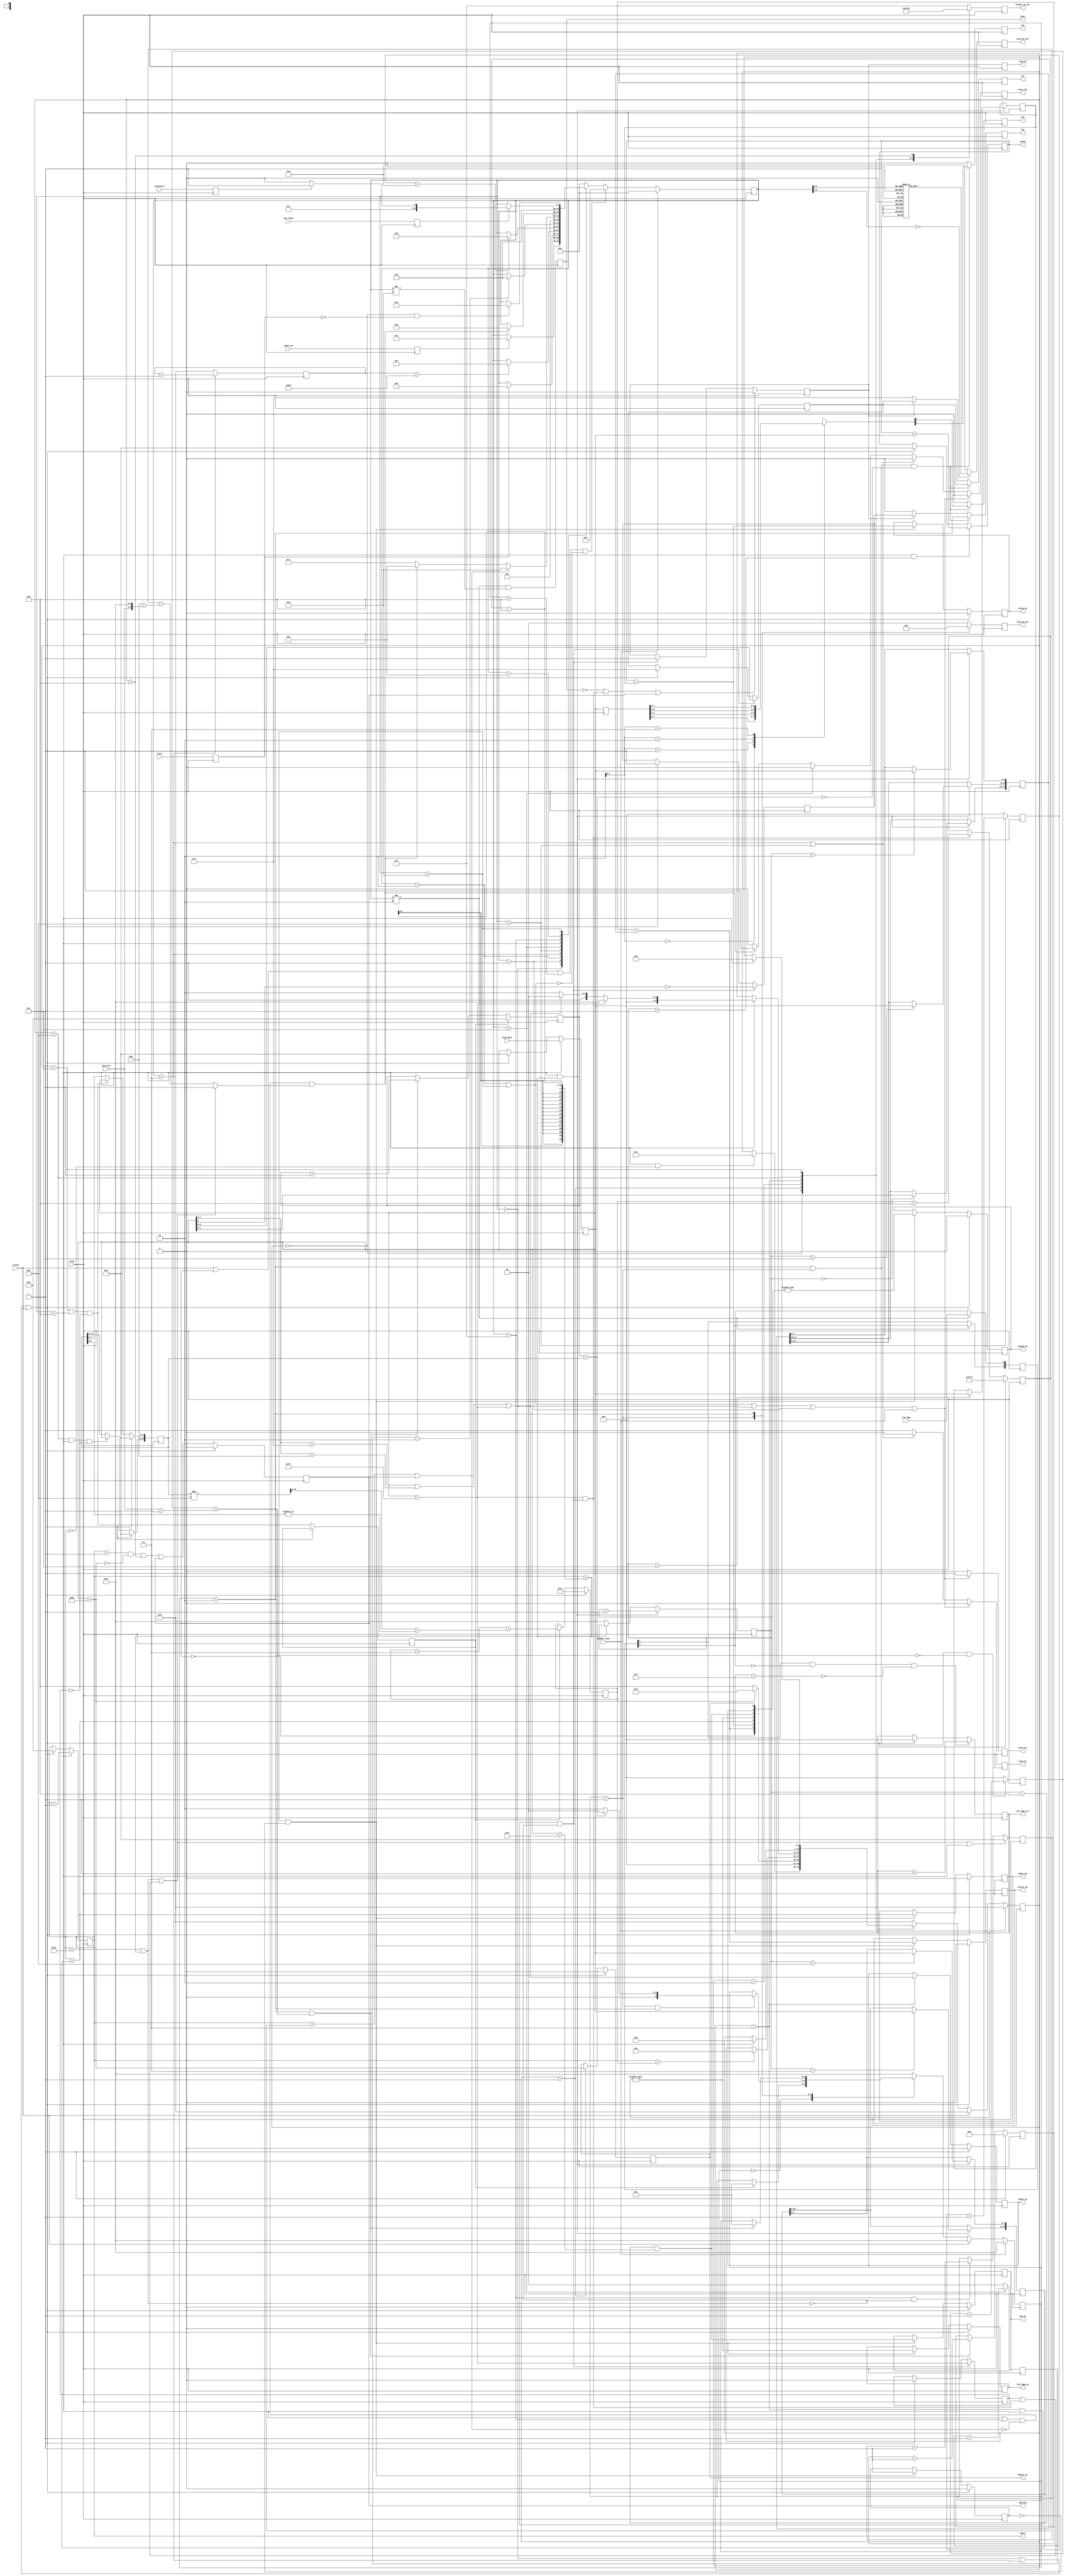
`timescale 1ns / 1ps
//`define DEBUG_JTAGSM_NEW = 1
//-----------------------------------------------------------------------------------------------------------------
//	Reads User PROM and writes to JTAG port
//-----------------------------------------------------------------------------------------------------------------
//	PROM data structure
//	Adr	76543210	Hex	Description
//	0	10111010	BA	Begin ALCT Marker, if "B" missing state machine stops
//	1	1000aaaa	83	ALCT  MSD 3	Type (288,384,672)
//	2	1000aaaa	88	ALCT      8
//	3	1000aaaa	84	ALCT  LSD 4
//	4	1000mmmm	80	Month MSD 0  in "hex-ascii" June 9, 2008
//	5	1000mmmm	86	Month LSD 6
//	6	1000dddd	80	Day   MSD 0
//	7	1000dddd	89	Day   LSD 9
//	8	1000yyyy	82	Year  MSD 2
//	9	1000yyyy	80	Year      0
//	A	1000yyyy	80	Year      0
//	B	1000yyyy	88	Year  LSD 8
//	C	1000vvvv	81	Version number [3:0]
//	D	1000xxxx	80	Future use
//	E	1000xxxx	80	Future use
//	F	10101010	EA	End ALCT Header Marker
//
//	10	1100ssss	Cs	Begin Marker for Chain ssss[3:0]
//	11	tttttttt	ww	TCK count [15:8]
//	12	tttttttt	ww	TCK count [7:0]
//	13	sisisisi	si	JTAG data
//	14	sisisisi	si	JTAG data
//	15	sisisisi	si	JTAG data
//
//	16	1100ssss	Cs	Begin Marker for Chain ssss[3:0]
//	17	tttttttt	ww	TCK count [15:8]
//	18	tttttttt	ww	TCK count [7:0]
//	19	sisisisi	si	JTAG data
//	20	sisisisi	si	JTAG data
//	21	sisisisi	si	JTAG data
//
//	T-1	11111010	FC	End of JTAG data Marker
//	T+0 tttttttt	tt	TCK Count Total [17:16]	Includes tcks sent for all chain blocks
//	T+1	tttttttt	tt	TCK Count Total [15:8]
//	T+2	tttttttt	tt	TCK Count Total [7:0]
//	T+3 wwwwwwww	ww	Word Count [15:8]		Includes Adr0[BA] to last adr[FF]
//	T+4 wwwwwwww	ww	Word Count [7:0]
//	T+5	cccccccc	cc	Check sum  [7:0]		Includes addresses 0 thru T+4, does not include itself or FF
//	T+6	11111111	FF	End of PROM data Marker
//
//	PROM JTAG data [7:0] format
//	[0]	TDI[0]
//	[1]	TMS[0]
//	[2]	TDI[1]
//	[3]	TMS[1]
//	[4]	TDI[2]
//	[5]	TMS[2]
//	[6]	TDI[3]
//	[7]	TMS[3]
//
//	03/13/06 Initial
//	03/14/06 Sim fixes
//	04/05/06 Add header, trailer, status data
//	04/07/06 Add status reset for software operation
//	04/10/06 Add jtag_oe to port list
//	04/12/06 Remove jtag tri-states, add z to calling module, downsize word counter
//	04/13/06 Remove prom access delay, speed inc adr to 20MHz
//	04/14/06 Add jtag throttle
//	04/18/06 Add fpga jtag tck counter
//	07/20/06 Negate busy until vme_ready is asserted
//	09/22/06 Increase machine state vector width so xst recognizes fsm
//	09/28/06 Extend tck_fpga_cnt_done to d15, to span the allocated 4 bits
//	06/06/08 Add debug ifdef
//	06/09/08 Convert to new format
//	06/12/08 PROM byte-reading machine decoupled from format scanner machine
//	06/26/08 Debug done, port to tmb2005x
//	07/01/08 Add end_ok and abort to port list, add tck loopback for debug
//	07/03/08 Mod to hold tck high and end of chain unless D-code overrides
//	07/04/08 Rewrite to make prom machine master
//	07/06/08 Put tck check back in, begin new format machine
//	07/07/08 Add tck high option on c-block code, hold jtag between chain blocks
//	07/07/08 Mod state machine resets
//	07/08/08 Mod status clearing
//	01/12/09 Mod for ISE 10.1i
//	08/24/10 Port to ise 12, non blocking operators, replace sim prom tristate logic
//-----------------------------------------------------------------------------------------------------------------
	module jtagsm_new
	(
// Control
	clock,
	global_reset,
	power_up,
	vme_ready,
	start,
	autostart,
	throttle,

// PROM
	prom_data,
	prom_clk,
	prom_oe,
	prom_nce,
	
// JTAG
	jtag_oe,
	tdi,
	tms,
	tck,
	sel,

// Status
	sreset,
	tck_fpga,
	busy,
	aborted,
	header_ok,
	chain_ok,
	tckcnt_ok,
	cksum_ok,
	wdcnt_ok,
	tck_fpga_ok,
	end_ok,
	jtagsm_ok,
	wdcnt,
	cksum,
	tck_fpga_cnt,
	prom_sm_vec,
	format_sm_vec,
	jtag_sm_vec

// Debug
`ifdef DEBUG_JTAGSM_NEW 
   ,prom_sm_dsp,
	format_sm_dsp,
	jtag_sm_dsp,

	init_done,
	init_cnt_en,
	init_cnt,

	reset_done,
	reset_cnt_en,
	reset_cnt,

	taccess,
	taccess_done,

	clear_adr,
	next_adr,
	idle_prom,
	prom_case,

	prom_ready,
	last_word,
	next_chain_word,
	next_chain_latch,
	last_word_latch,

	latch_prom_data,
	hold_prom_adr,
	prom_data_ff,

	reset_prom,
	prom_end,
	chain_end,
	chain_ending,
	chain_exit,
	next_adr_en,
	goto_idle,

	header_frame,
	trailer_frame,
	inc_adr_slow,

	fetch_cnt,
	fetch_max,
	fetch_cnt_clr,
	fetch_cnt_en,
	fetch_done,

	trailer_cnt,
	load_trailer_cnt,
	trailer_clear,

	tckcnt_prom,
	wdcnt_prom,
	cksum_prom,

	header_marker,
	chain_marker,
	end_marker,
	all_ok,

	latch_status,
	clear_status,
	cksum_cnt_en,

	throttle_cnt,
	throttle_max,
	throttle_cnt_en,
	throttle_done,

	jtag_write,
	chain_sel,
	chain_latch,
	hold_tck_high,

	tckcnt0_latch,
	tckcnt1_latch,
	tck_cnt,

	tck_sent_cnt,
	tck_total_cnt,

	tck_low_done,
	tck_high_done,
	tck_cnt_done,

	tck_scan,
	tdi_scan,
	tms_scan,
	jtag_data,
	tck_scan_valid,

// PROM emulator
	adr,
	inc_adr_rom,
	adr_reset
`endif
	);
//-----------------------------------------------------------------------------------------------------------------
// IO Ports
//-----------------------------------------------------------------------------------------------------------------
// Control
	input			clock;				// 40 MHz clock
	input			global_reset;		// Global reset
	input			power_up;			// DLL clock lock, we wait for it
	input			vme_ready;			// TMB VME registers loaded from PROM
	input			start;				// Cycle start command
	input			autostart;			// Enable automatic power-up
	input	[3:0]	throttle;			// JTAG speed control, 0=fastest

// PROM
	`ifndef DEBUG_JTAGSM_NEW 
	input	[7:0]	prom_data;			// Data input from PROM
	`else
	inout	[7:0]	prom_data;			// Data input from simulator ROM
	`endif
	output			prom_clk;			// prom_ctrl[0]
	output			prom_oe;			// prom_ctrl[1]
	output			prom_nce;			// prom_ctrl[2]

// JTAG
	output			jtag_oe;			// Enable jtag drivers else tri-state
	output			tdi;				// jtag_usr[1]
	output			tms;				// jtag_usr[2]
	output			tck;				// jtag_usr[3]
	output	[3:0]	sel;				// sel_usr[3:0]

// Status
	input			sreset;				// Status signal reset
	input			tck_fpga;			// TCK from FPGA JTAG chain 
	output			busy;				// State machine busy
	output			aborted;			// State machine aborted reading PROM
	output			header_ok;			// Header marker found where expected
	output			chain_ok;			// Chain  marker found where expected
	output			tckcnt_ok;			// State machine sent correct number of TCKs to jtag
	output			cksum_ok;			// Check-sum  matches PROM contents
	output			wdcnt_ok;			// Word count matches PROM contents
	output			tck_fpga_ok;		// FPGA jtag tck detected
	output			end_ok;				// End marker detected
	output			jtagsm_ok;			// JTAG state machine completed without errors
	output	[15:0]	wdcnt;				// Word count
	output	[7:0]	cksum;				// Check sum
	output	[3:0]	tck_fpga_cnt;		// FPGA jtag tck counter
	output	[3:0]	prom_sm_vec;		// PROM control State Machine status vector
	output	[2:0]	format_sm_vec;		// Data format  State Machine status vector
	output	[1:0]	jtag_sm_vec;		// JTAG signal  State Machine status vector

//-----------------------------------------------------------------------------------------------------------------
// Debug Ports
//-----------------------------------------------------------------------------------------------------------------
`ifdef DEBUG_JTAGSM_NEW 
	output	[71:0]	prom_sm_dsp;
	output	[95:0]	format_sm_dsp;
	output	[87:0]	jtag_sm_dsp;

	output			init_done;
	output			init_cnt_en;
	output	[6:0]	init_cnt;

	output			reset_done;
	output			reset_cnt_en;
	output	[3:0]	reset_cnt;

	output			taccess;
	output			taccess_done;

	output			clear_adr;
	output			next_adr;
	output			idle_prom;
	output	[2:0]	prom_case;

	output			prom_ready;
	output	[15:0]	last_word;
	output	[15:0]	next_chain_word;
	output			next_chain_latch;
	output			last_word_latch;

	output			latch_prom_data;
	output			hold_prom_adr;
	output	[7:0]	prom_data_ff;

	output			reset_prom;
	output			prom_end;
	output			chain_end;
	output			chain_ending;
	output			chain_exit;
	output			next_adr_en;
	output			goto_idle;

	output			header_frame;
	output			trailer_frame;
	output			inc_adr_slow;

	output	[7:0]	fetch_cnt;
	output	[7:0]	fetch_max;
	output			fetch_cnt_clr;
	output			fetch_cnt_en;
	output			fetch_done;

	output	[2:0]	trailer_cnt;
	output			load_trailer_cnt;
	output			trailer_clear;

	output	[17:0]	tckcnt_prom;
	output	[15:0]	wdcnt_prom;
	output	[7:0]	cksum_prom;

	output			header_marker;
	output			chain_marker;
	output			end_marker;
	output	[7:0]	all_ok;

	output			latch_status;
	output			clear_status;
	output			cksum_cnt_en;

	output	[3:0]	throttle_cnt;
	output	[3:0]	throttle_max;
	output			throttle_cnt_en;
	output			throttle_done;

	output			jtag_write;
	output	[3:0]	chain_sel;
	output			chain_latch;
	output			hold_tck_high;

	output			tckcnt0_latch;
	output			tckcnt1_latch;
	output	[15:0]	tck_cnt;

	output	[15:0]	tck_sent_cnt;
	output	[17:0]	tck_total_cnt;

	output			tck_low_done;
	output			tck_high_done;
	output			tck_cnt_done;

	output			tck_scan;
	output			tdi_scan;
	output			tms_scan;
	output	[7:0]	jtag_data;
	output			tck_scan_valid;

// PROM emulator
	output	[5:0]	adr;
	output			inc_adr_rom;
	output			adr_reset;
`endif
//-----------------------------------------------------------------------------------------------------------------
// Local
//-----------------------------------------------------------------------------------------------------------------
// State Machine declarations
	reg	[9:0] prom_sm;

	parameter wait_dll		=	4'h0;
	parameter wait_vme		=	4'h1;
	parameter idle			=	4'h2;
	parameter init			=	4'h3;
	parameter reset_adr		=	4'h4;
	parameter prom_taccess	=	4'h5;
	parameter latch_prom	=	4'h6;
	parameter hold_adr		=	4'h7;
	parameter inc_adr		=	4'h8;
	parameter unstart		=	4'h9;

	// synthesis attribute safe_implementation of prom_sm is "yes";
	// synthesis attribute init                of prom_sm is "wait_dll";

	reg	[6:0] format_sm;

	parameter wait_prom		=	3'h0;
	parameter check_header	=	3'h1;
	parameter wait_chain	=	3'h2;
	parameter load_chain	=	3'h3;
	parameter load_tckcnt0	=	3'h4;
	parameter load_tckcnt1	=	3'h5;
	parameter abend			=	3'h6;

	// synthesis attribute safe_implementation of format_sm is "yes";
	// synthesis attribute init                of format_sm is "wait_prom";

	reg	[2:0] jtag_sm;

	parameter wait_format	=	2'h0;
	parameter tck_low		=	2'h1;
	parameter tck_high		=	2'h2;

	// synthesis attribute safe_implementation of jtag_sm is "yes";
	// synthesis attribute init                of jtag_sm is "wait_format";

//--------------------------------------------------------------------------------------------
// Power up
//--------------------------------------------------------------------------------------------
// FF buffer state machine trigger inputs
	reg	power_up_ff = 0;
	reg vme_ready_ff= 0;
	reg	start_ff	= 0;
	reg	autostart_ff= 0;

	always @(posedge clock) begin
	power_up_ff  <= power_up;
	vme_ready_ff <= vme_ready;
	start_ff     <= start;
	autostart_ff <= autostart;
	end

// Signal busy if not idling or waiting for unstart
	reg busy = 1;

	wire busy_en = (prom_sm != idle) && (prom_sm != unstart);

	always @(posedge clock) begin
	busy <= busy_en;
	end
//--------------------------------------------------------------------------------------------
// Control signals to the active PROM
//--------------------------------------------------------------------------------------------
	reg	 prom_clk	= 0;
	reg  prom_oe	= 0;
	reg	 prom_nce	= 1;

	wire reset_prom;
	wire prom_end;
	wire next_adr_en;

	wire clear_adr	=  (prom_sm == init) || (prom_sm == reset_adr);
	wire next_adr	= ((prom_sm == latch_prom) || (prom_sm == hold_adr)) && !prom_end  && next_adr_en;
	wire idle_prom	=  (prom_sm == idle) || (prom_sm == unstart) || (prom_sm == wait_dll) || (prom_sm == wait_vme) || global_reset;
	wire taccess	=  (prom_sm == prom_taccess);

	always @(posedge clock) begin
	if (idle_prom) begin						// PROM case 1: powered down
	prom_clk <= 0;	// 0=take clk low for idling
	prom_oe	 <= 0;	// 0=reset address, outputs disabled
	prom_nce <= 1;	// 1=chip not selected
	end
	else if (clear_adr) begin					// PROM case 2: enabled, clearing address
	prom_clk <= 0;	// 0=take clock low, it was prolly idle high
	prom_oe	 <= 0;	// 0=reset address, outputs disabled
	prom_nce <= 0;	// 0=chip selected
	end
	else if (taccess) begin						// PROM case 3: enabled, read adr 0
	prom_clk <= 0;	// 0=take clock low, it was prolly idle high
	prom_oe	 <= 1;	// 0=reset address, outputs disabled
	prom_nce <= 0;	// 0=chip selected
	end
	else if (next_adr) begin					// PROM case 4: enabled, clock=1
	prom_clk <= 1;	// 1=advance address
	prom_oe	 <= 1;	// 1=outputs enabled
	prom_nce <= 0;	// 0=chip selected
	end
	else begin									// PROM case 5: enabled, clock=0
	prom_clk <= 0;	// 0=hold address
	prom_oe	 <= 1;	// 1=outputs enabled
	prom_nce <= 0;	// 0=chip selected
	end
	end

// Latch PROM data and address, 512K PROMs have 512K/8=64K addresses
	reg [ 7:0] prom_data_ff = 0;
	reg [15:0] wdcnt        = 0;

	wire clear_prom_data = (prom_sm == wait_dll  ) || (prom_sm==init) || sreset;
	wire latch_prom_data = (prom_sm == latch_prom);
	wire hold_prom_adr   = (prom_sm == hold_adr  );

	always @(posedge clock) begin
	if (clear_prom_data)	begin
	prom_data_ff	<= 0;
	wdcnt			<= 0;
	end
	if (latch_prom_data)	begin
	prom_data_ff	<= prom_data;
	wdcnt			<= wdcnt+1'b1;
	end
	end

// Checksum accumulator adds data starting from BA marker to the last word-count frame, inclusive
	reg [7:0] cksum			= 0;
	reg [2:0] trailer_cnt	= 0;

	wire cksum_cnt_en = latch_prom_data && (trailer_cnt < 5);
	
	always @(posedge clock) begin
	if (clear_prom_data) cksum <= 0;
	if (cksum_cnt_en   ) cksum <= cksum + prom_data_ff;
	end

//-----------------------------------------------------------------------------------------------------------------
//  PROM-Reader State Machine Signals
//-----------------------------------------------------------------------------------------------------------------
// Init delay counter waits 2uS after asserting /CE low per Xilinx datasheet
	`ifdef DEBUG_JTAGSM_NEW 
	parameter init_fullscale = 3;	// 75nS for fast simulation
	`else
	parameter init_fullscale = 80;	// 80x25nS=2uS for normal mode
	`endif

	reg [6:0] init_cnt = 0;

	wire init_cnt_en = (prom_sm  == init);
	wire init_done   = (init_cnt == init_fullscale);

	always @(posedge clock) begin
	if (init_cnt_en) init_cnt <= init_cnt+1'b1;
	else 			 init_cnt <= 0;
	end

// Address reset delay counter asserts reset 250nS per Xilinx datasheet
	reg [3:0] reset_cnt = 0;

	wire reset_cnt_en = (prom_sm == reset_adr);
	wire reset_done   = (reset_cnt == 10);

	always @(posedge clock) begin
	if (reset_cnt_en) reset_cnt <= reset_cnt+1'b1;
	else			  reset_cnt <= 0;
	end

// Access delay counter waits for PROM output after oe enabled
	reg [1:0] taccess_cnt;

	wire taccess_cnt_en = (prom_sm == prom_taccess);
	wire taccess_done   = (taccess_cnt == 2);

	always @(posedge clock) begin
	if (taccess_cnt_en) taccess_cnt <= taccess_cnt+1'b1;
	else				taccess_cnt <= 0;
	end

// PROM Word Pointers
	reg [15:0] next_chain_word	= 16'h0011;	// Point to 1st byte after header
	reg [15:0] last_word		= 16'hFFFF;	// Point to last prom byte
	reg [15:0] tck_cnt			= 0;
	reg		   chain_end		= 0;
	reg		   next_chain_latch = 0;

	wire chain_ready;
	wire chain_ending;
	wire chain_latch;

	wire last_word_latch =  chain_ending;

	wire [15:0] full_chain_words	= tck_cnt/4;		// Number of full jtag data bytes in this chain
	wire        partial_chain_words = |tck_cnt[1:0];	// Number of partial jtag data bytes, either 0 or 1
	wire [15:0] nchain_words        = full_chain_words+partial_chain_words;

	always @(posedge clock) begin
	if      (clear_prom_data ) next_chain_word <= 16'h0011;								// Point to 1st byte after header
	else if (next_chain_latch) next_chain_word <= next_chain_word+16'd3+nchain_words;	// Point to next chain marker
	end

	always @(posedge clock) begin
	if      (clear_prom_data) last_word <= 16'hFFFF;				// Point to last prom byte
	else if (last_word_latch) last_word <= next_chain_word+16'd6;	// Point to last trailer word
	end

	assign chain_ready	= (wdcnt==next_chain_word);					// Reached next chain adddress
	assign prom_end		= (wdcnt==last_word) || aborted;			// Reached last prom  address

// PROM read fetch speed select, fast thru header, slow thru jtag bytes
	wire fetch_done;
	wire header_frame  = (wdcnt < 'h10);
	wire trailer_frame = (wdcnt >  last_word-6);
	wire inc_adr_slow  = !(header_frame||trailer_frame);
	wire inc_adr_fast  = !inc_adr_slow || (chain_end || chain_ending);
	
	assign next_adr_en = (inc_adr_fast) ? 1'b1 : fetch_done;

// PROM read fetch speed defines JTAG tck period, wait 100ns per tck + 2*4*throttle
	parameter  fetch_min = 16-3;	// 400ns per prom byte, throttle=0, 3bx overhead subtracted
	reg	 [7:0] fetch_cnt = 0;
	wire [7:0] fetch_max;

	wire   fetch_cnt_en  = hold_prom_adr && inc_adr_slow;
	wire   fetch_cnt_clr = inc_adr_fast||latch_prom_data;
	assign fetch_max     = fetch_min+(throttle<<3);			// fetch_min+8*(throttle, tck=1 add 1bx, tck=0 add 1bx, 4tck/byte=add 8bx

	always @(posedge clock) begin
	if 		(fetch_cnt_clr)	fetch_cnt <= 0;
	else if (fetch_cnt_en )	fetch_cnt <= fetch_cnt+1'b1;
	end

	assign fetch_done = (fetch_cnt==fetch_max);

// Store trailer frames
	reg [17:0] tckcnt_prom 	= 0;
	reg [15:0] wdcnt_prom  	= 0;
	reg	[ 7:0] cksum_prom  	= 0;

	wire   load_trailer_cnt = latch_prom_data && trailer_frame;
	wire   trailer_clear	= !trailer_frame;

	always @(posedge clock)begin
	if   (load_trailer_cnt) begin
	case (trailer_cnt)
	3'd0:	tckcnt_prom[17:16]	<= prom_data_ff[1:0];
	3'd1:	tckcnt_prom[15:8]	<= prom_data_ff[7:0];
	3'd2:	tckcnt_prom[7:0]	<= prom_data_ff[7:0];
	3'd3:	wdcnt_prom[15:8]	<= prom_data_ff[7:0];
	3'd4:	wdcnt_prom[7:0]		<= prom_data_ff[7:0];
	3'd5:	cksum_prom[7:0]		<= prom_data_ff[7:0];
	endcase
	trailer_cnt <= trailer_cnt+1'b1;
	end
	else if (trailer_clear)
	trailer_cnt	<= 0;
	end
	wire end_marker	= (trailer_cnt==6) && (prom_data_ff==8'hFF);	// No strobe for this

// Status flags
	reg [17:0] tck_total_cnt = 0; // TCKs sent all chains

	reg header_ok	= 0;
	reg chain_ok	= 0;
	reg	tckcnt_ok	= 0;
	reg wdcnt_ok	= 0;
	reg cksum_ok	= 0;
	reg end_ok		= 0;
	reg jtagsm_ok	= 0;
	reg status_nos	= 0;

	wire header_marker;
	wire chain_marker;
	wire tck_fpga_cnt_ok;
	wire [7:0] all_ok;
	reg	 tck_fpga_ok = 0;

	wire latch_status = (prom_sm==unstart) && !status_nos;	// oneshot at unstart
	wire clear_status = (prom_sm == wait_dll) || (prom_sm == init) || sreset;

	wire latch_headerid = (format_sm==check_header);
	wire latch_chainid  = (format_sm==load_chain);

	assign all_ok[0] = header_ok;
	assign all_ok[1] = chain_ok;
	assign all_ok[2] = (wdcnt == wdcnt_prom); 
	assign all_ok[3] = (cksum == cksum_prom);
	assign all_ok[4] = end_marker;
	assign all_ok[5] = tck_fpga_cnt_ok;
	assign all_ok[6] = (tck_total_cnt == tckcnt_prom);
	assign all_ok[7] = !aborted;

	always @(posedge clock) begin
	if (clear_status) begin
	header_ok	<= 0;
	chain_ok	<= 0;
	tckcnt_ok	<= 0;
	wdcnt_ok	<= 0;
	cksum_ok	<= 0;
	end_ok		<= 0;
	tck_fpga_ok	<= 0;
	jtagsm_ok	<= 0;
	status_nos	<= 0;
	end
	else begin
	if (latch_headerid) header_ok <= header_marker;
	if (latch_chainid ) chain_ok  <= chain_marker;
	if (latch_status  ) begin
	tckcnt_ok	<= (tck_total_cnt == tckcnt_prom);
	wdcnt_ok	<= (wdcnt == wdcnt_prom);
	cksum_ok	<= (cksum == cksum_prom);
	end_ok		<= end_marker;
	tck_fpga_ok	<= tck_fpga_cnt_ok;
	jtagsm_ok	<= &all_ok;
	status_nos	<= 1; 
	end
	end
	end

// FPGA JTAG TCK counter to check that state machine can write to jtag chain 4'hC
	reg [3:0]	tck_fpga_cnt = 0;
	reg	[1:0]	tck_fpga_ff  = 0;

	always @(posedge clock) begin
	if (prom_sm != idle) begin
	tck_fpga_ff[0]	<= tck_fpga;
	tck_fpga_ff[1]	<= tck_fpga_ff[0];
	end
	end

	wire tck_fpga_cnt_done = (tck_fpga_cnt[3:0]==4'hF);				// Stop counter at full scale so it wont wrap
	wire tck_fpga_ticked   = tck_fpga_ff[1]  && !tck_fpga_ff[0]; 	// tck transitioned 0-to-1
	wire tck_fpga_cnt_en   = tck_fpga_ticked && !tck_fpga_cnt_done;

	always @(posedge clock) begin
	if (clear_status)	tck_fpga_cnt <= 0;
	if (tck_fpga_cnt_en)tck_fpga_cnt <= tck_fpga_cnt+1'b1;
	end
	
	assign tck_fpga_cnt_ok = (tck_fpga_cnt != 0);					// At least one tick looped back

// PROM marker must be present where expected else state machine stops
	reg aborted=0;
	
	wire oh_noes = ((wdcnt == 1) && !header_marker) || (format_sm == abend);

	always @(posedge clock) begin
	if (clear_status) aborted <= 0;
	else              aborted <= oh_noes || aborted;
	end

	assign reset_prom = (sreset || aborted || (jtag_sm == abend)) && !((prom_sm == unstart) || (prom_sm == idle));

// Unstart goes to idle when all state machines are done
	wire goto_idle = (format_sm == wait_prom) && !start_ff;

//-----------------------------------------------------------------------------------------------------------------
//  PROM-Reader State Machine inits PROM, steps through addresses according to next_adr from jtag machine
//-----------------------------------------------------------------------------------------------------------------
	always @(posedge clock) begin
	if		(global_reset)	prom_sm <= wait_dll;
	else if	(reset_prom)	prom_sm <= unstart;
	else begin

	case (prom_sm)
	
	wait_dll:										// Wait for FPGA DLLs to lock
	 if (power_up_ff)	prom_sm <= wait_vme;		// FPGA is ready

	wait_vme:										// Wait for VME registers to load
	 if (vme_ready_ff)								// VME loaded from PROM
	 begin
	 if (autostart_ff)	prom_sm <= init;			// Start cycle if autostart enabled
	 else				prom_sm <= idle;			// Otherwise stay idle
	 end

	idle:											// Wait for VME command to program, power down PROM
	 if (start_ff)		prom_sm <= init;			// Start arrived

	init:
	 if (init_done)		prom_sm <= reset_adr;		// Power up PROM, 2uS delay

	reset_adr:
	 if (reset_done)	prom_sm <= prom_taccess;	// Reset PROM address, 250nS delay
	
	prom_taccess:
	 if (taccess_done)	prom_sm <= latch_prom;		// Release reset, wait for output to assert 10ns minimum

	latch_prom:										// Latch PROM data
	 if     (prom_end)	prom_sm <= unstart;			// First-word marker missing or hit end of PROM data
	 else if(next_adr)	prom_sm <= inc_adr;			// Fast mode: go to next adr
	 else				prom_sm <= hold_adr;			// Slow mode: hold current address until jtag byte scan is complete
	 
	hold_adr:										// Hold current address until jtag byte scan is complete
	 if(next_adr)		prom_sm <= inc_adr;			// Tis complete

	inc_adr:			prom_sm <= latch_prom;		// Increment PROM address

	unstart:
	 if(goto_idle)		prom_sm <= idle;			// Wait for VME write command to go away

	default				prom_sm <= wait_dll;
	endcase
	end
	end

// PROM Machine status Vectors
	reg[3:0] prom_sm_vec;

	always @(posedge clock) begin
	case (prom_sm)
	wait_dll:		prom_sm_vec <= 4'h0;
	wait_vme:		prom_sm_vec <= 4'h1;
	idle:			prom_sm_vec <= 4'h2;
	init:			prom_sm_vec <= 4'h3;
	reset_adr:		prom_sm_vec <= 4'h4;
	prom_taccess:	prom_sm_vec <= 4'h5;
	latch_prom:		prom_sm_vec <= 4'h6;
	hold_adr:		prom_sm_vec <= 4'h7;
	inc_adr:		prom_sm_vec <= 4'h8;
	unstart:		prom_sm_vec <= 4'h9;
	default			prom_sm_vec <= 4'hA;
	endcase
	end

//-----------------------------------------------------------------------------------------------------------------
// Transfer PROM data to JTAG chain
//-----------------------------------------------------------------------------------------------------------------
	reg			tdi = 0;				// JTAG output FFs
	reg			tms = 0;
	reg			tck = 0;
	reg	[3:0]	sel = 4'hC;				// Default points to empty FPGA JTAG Loop chain
	reg			jtag_oe = 0;

	wire		tck_scan;				// Asstert tck,tms,tdi prom data
	reg			tdi_scan;				// do not init
	reg			tms_scan;				// do not init
	wire		tck_scan_valid;

	reg [3:0]	chain_sel     = 4'hC;	// Chain adr from prom
	reg			hold_tck_high = 1;

// JTAG output enable
	reg jtag_oe_ff=0;

	wire jtag_oe_clear = !busy || chain_ending || aborted;
	wire jtag_write= tck_scan_valid;

	always @(posedge clock) begin
	if      (jtag_oe_clear) jtag_oe_ff <= 0;
	else if (chain_latch  ) jtag_oe_ff <= 1;
	end

// JTAG bus drivers
	always @(posedge clock) begin
	jtag_oe <= jtag_oe_ff;
	end

	always @(posedge clock) begin
	if (jtag_write) begin		// Assert JTAG signals read from prom byte scan
	tck		<= tck_scan;
	tms		<= tms_scan;
	tdi		<= tdi_scan;
	sel		<= chain_sel[3:0];
	end
	else if (jtag_oe_ff) begin	// Assert JTAG signals between chain blocks
	tck		<= hold_tck_high;
	tms		<= 0;
	tdi		<= 0;
	sel		<= chain_sel[3:0];
	end
	else begin					// Release JTAG signals when machines are idle
	tdi		<= 0;
	tms		<= 0;
	tck		<= 0;
	sel		<= 4'hC;
	end
	end

//-----------------------------------------------------------------------------------------------------------------
// Format State Machine Signals
//-----------------------------------------------------------------------------------------------------------------
// Wait for PROM to go ready
	wire prom_ready = latch_prom_data && (wdcnt==0);

// Load JTAG chain address and check chain frame marker Bs
	wire [3:0] chain_adr;
	wire chain_exit;

	assign header_marker = (prom_data_ff[7:0]==8'hBA);
	assign chain_marker  = (prom_data_ff[7:4]==4'hC )||(prom_data_ff[7:4]==8'hD )||(prom_data_ff[7:0]==8'hFC);
	assign chain_latch   = (format_sm == load_chain) && latch_prom_data && !(header_frame || trailer_frame);
	assign chain_adr     =  prom_data_ff[3:0];			// New chain address
	assign hold_tck_flag = !prom_data_ff[4];			// C=hold tck high, D=hold tck low
	assign chain_exit	 =  prom_data_ff[7:0]==8'hFC;	// Last chain marker
	assign chain_ending  =  chain_exit && chain_latch;	// Last chain marker lookahead

	always @(posedge clock) begin
	if (clear_status) begin
	chain_sel     <= 4'hC;
	hold_tck_high <= 1;
	chain_end	  <= 0;
	end
	if (chain_latch) begin 
	chain_sel     <= chain_adr;		// New chain adr
	hold_tck_high <= hold_tck_flag;	// New tck mode
	chain_end	  <= chain_exit;	// Reached last chain address
	end
	end

// Load 2 byte TCK word count
	wire  tckcnt0_latch = (format_sm==load_tckcnt0) && latch_prom_data && !chain_end;
	wire  tckcnt1_latch = (format_sm==load_tckcnt1) && latch_prom_data && !chain_end;

	always @(posedge clock) begin
	if (clear_status)  tck_cnt <= 0;
	else begin
	if (tckcnt0_latch) tck_cnt[15:8] <= prom_data_ff[7:0];	// Load MSBs first
	if (tckcnt1_latch) tck_cnt[7:0]  <= prom_data_ff[7:0];	// Load LSBs last
	next_chain_latch <= tckcnt1_latch;						// All bytes loaded
	end
	end

//-----------------------------------------------------------------------------------------------------------------
// JTAG State Machine Signals
//-----------------------------------------------------------------------------------------------------------------
// Wait for format machine to load a chain block
	wire format_ready = next_chain_latch;

// Count TCKs sent
	reg [15:0] tck_sent_cnt=0;	// TCKs sent this chain

	wire throttle_done;
	wire tck_low_done;
	wire tck_high_done;

	always @(posedge clock) begin
	if		(clear_status ) tck_total_cnt <= 0;
	else if	(tck_high_done) tck_total_cnt <= tck_total_cnt+1'b1;
	end

	always @(posedge clock) begin
	if		(format_ready ) tck_sent_cnt <= 0;
	else if	(tck_high_done) tck_sent_cnt <= tck_sent_cnt+1'b1;
	end

	wire tck_cnt_done = (tck_sent_cnt == tck_cnt);

// Store JTAG data byte
	reg [7:0] jtag_data;
	
	always @(posedge clock) begin
	jtag_data <= prom_data_ff;
	end

// Select TDI,TMS pair pointed to by scan counter, could use shift reg here but incur clocking delay
	assign tck_scan       =  (jtag_sm == tck_high);
	assign tck_scan_valid = ((jtag_sm == tck_high)||(jtag_sm == tck_low)) && !tck_cnt_done;
	
	always @* begin
	case (tck_sent_cnt[1:0])
	2'd0: {tms_scan,tdi_scan}	<= jtag_data[1:0];
	2'd1: {tms_scan,tdi_scan}	<= jtag_data[3:2];
	2'd2: {tms_scan,tdi_scan}	<= jtag_data[5:4];
	2'd3: {tms_scan,tdi_scan}	<= jtag_data[7:6];
	endcase
	end

// JTAG speed throttle
	parameter  throttle_min = 4'd1;	// Adds 1bx minimum to throttle timer, so tck persists at least 2bx
	reg	 [3:0] throttle_cnt = 0;
	wire [3:0] throttle_max;

	wire   throttle_cnt_en = ((jtag_sm == tck_low) || (jtag_sm == tck_high)) && !throttle_done;
	assign throttle_max    = throttle+throttle_min;

	always @(posedge clock) begin
	if (throttle_cnt_en) throttle_cnt <= throttle_cnt+1'b1;
	else                 throttle_cnt <= 0;
	end

	assign throttle_done = (throttle_cnt == throttle_max);
	assign tck_low_done  = ((jtag_sm == tck_low ) && throttle_done);
	assign tck_high_done = ((jtag_sm == tck_high) && throttle_done);

//-----------------------------------------------------------------------------------------------------------------
// PROM Format State Machine interprets embedded PROM chain blocks
//-----------------------------------------------------------------------------------------------------------------
	always @(posedge clock) begin
	if		(global_reset)	format_sm <= wait_prom;
	else if	(sreset)		format_sm <= wait_prom;
	else begin

	case (format_sm)
	
	wait_prom:											// Wait for PROM to read adr 0
	 if (prom_ready)		format_sm <= check_header;	// Adr 0 has been read

	check_header:										// Check 1st header frame is correct
	 if (header_marker)		format_sm <= wait_chain;	// Tis
	 else					format_sm <= abend;			// Tisnt

	wait_chain:											// Wait for PROM to read next chain marker
	 if (chain_ready)		format_sm <= load_chain;		// Reached chain location

	load_chain:											// Load chain adr and marker
	 if (latch_prom_data) begin
	 if (chain_exit)		format_sm <= wait_prom;		// No more chains left
	 else if
	    (chain_marker)		format_sm <= load_tckcnt0;	// Chain adr and marker are OK, begin jtag scan
	 else					format_sm <= abend;			// Marker error detected
	end

	load_tckcnt0:										// Load 1st TCK count frame
	 if (latch_prom_data)	format_sm <= load_tckcnt1;	// Wait for PROM data latch

	load_tckcnt1:
	 if (latch_prom_data)	format_sm <= wait_chain;	// All tck count frames loaded

	abend:					format_sm <= wait_prom;		// Error in PROM format detected

	default					format_sm <= wait_prom;		// Initial state
	endcase
	end
	end

// Format Machine status Vectors
	reg [2:0] format_sm_vec;

	always @(posedge clock) begin
	case (format_sm)
	wait_prom:		format_sm_vec <= 'h0;
	check_header:	format_sm_vec <= 'h1;
	wait_chain:		format_sm_vec <= 'h2;
	load_chain:		format_sm_vec <= 'h3;
	load_tckcnt0:	format_sm_vec <= 'h4;
	load_tckcnt1:	format_sm_vec <= 'h5;
	abend:			format_sm_vec <= 'h6;
	default			format_sm_vec <= 'h7;
	endcase
	end

//-----------------------------------------------------------------------------------------------------------------
// JTAG Data Shift State Machine
//-----------------------------------------------------------------------------------------------------------------
	always @(posedge clock) begin
	if		(global_reset)	jtag_sm <= wait_format;
	else if	(sreset)		jtag_sm <= wait_format;
	else begin

	case (jtag_sm)
	
	wait_format:									// Wait for format machine to load a chain block
	 if (format_ready)	jtag_sm <= tck_low;			// Chain block loaded

	tck_low:										// Set tck low, assert tms,tdi
	 if (tck_low_done) begin						// Holding tck low until throttle done
	 if (tck_cnt_done)	jtag_sm <= wait_format;		// Finished current chain
	 else				jtag_sm <= tck_high;			// Go to tck high
	 end

	tck_high:										// Set tck high, hold tms, tdi
	 if (tck_high_done)	jtag_sm <= tck_low;			// Holding tck high until throttle done

	default				jtag_sm <= wait_format;		// Initial state
	endcase
	end
	end

// JTAG Machine status Vectors
	reg[1:0] jtag_sm_vec;

	always @(posedge clock) begin
	case (jtag_sm)
	wait_format:	jtag_sm_vec <= 'h0;
	tck_low:		jtag_sm_vec <= 'h1;
	tck_high:		jtag_sm_vec <= 'h2;
	default			jtag_sm_vec <= 'h0;
	endcase
	end

//-----------------------------------------------------------------------------------------------------------------
// Debug
//-----------------------------------------------------------------------------------------------------------------
`ifdef DEBUG_JTAGSM_NEW 
// PROM State Machine ASCII display
	reg [71:0] prom_sm_dsp;

	always @* begin
	case (prom_sm)
	wait_dll:		prom_sm_dsp <= "wait_dll ";
	wait_vme:		prom_sm_dsp <= "wait_vme ";
	idle:			prom_sm_dsp <= "idle     ";
	init:			prom_sm_dsp <= "init     ";
	reset_adr:		prom_sm_dsp <= "reset_adr";
	prom_taccess:	prom_sm_dsp <= "prom_tacc";
	latch_prom:		prom_sm_dsp <= "latch_prm";
	hold_adr:		prom_sm_dsp <= "hold_adr ";
	inc_adr:		prom_sm_dsp <= "inc_adr  ";
	unstart:		prom_sm_dsp <= "unstart  ";
	default			prom_sm_dsp <= "wait_dll ";
	endcase
	end

// PROM case tracking
	reg	 [2:0] prom_case = 0;

	always @(posedge clock) begin
	if		(idle_prom)	prom_case <= 1;		// PROM powered down
	else if (clear_adr) prom_case <= 2;		// PROM enabled, clearing address
	else if (taccess)	prom_case <= 3;		// PROM enabled, accessing adr 0
	else if (next_adr)	prom_case <= 4;		// PROM enabled, clock=1
	else 				prom_case <= 5;		// PROM enabled, clock=0
	end

// Format State Machine ASCII display
	reg [95:0] format_sm_dsp;

	always @* begin
	case (format_sm)
	wait_prom:		format_sm_dsp <= "wait_prom   ";
	check_header:	format_sm_dsp <= "ck_header   ";
	wait_chain:		format_sm_dsp <= "wait_chain  ";
	load_chain:		format_sm_dsp <= "load_chain  ";
	load_tckcnt0:	format_sm_dsp <= "load_tckcnt0";
	load_tckcnt1:	format_sm_dsp <= "load_tckcnt1";
	abend:			format_sm_dsp <= "abend       ";
	default			format_sm_dsp <= "wait_prom   ";
	endcase
	end

// Jtag state machine ASCII display
	reg [87:0] jtag_sm_dsp;

	always @* begin
	case (jtag_sm)
	wait_format:	jtag_sm_dsp <= "wait_format";
	tck_low:		jtag_sm_dsp <= "tck_low    ";
	tck_high:		jtag_sm_dsp <= "tck_high   ";
	default			jtag_sm_dsp <= "wait_format";
	endcase
	end

//-----------------------------------------------------------------------------------------------------------------
// PROM Emulator
//-----------------------------------------------------------------------------------------------------------------
// ROM Storage
	parameter MXADR 	= 16'h0020;		// Last ROM address
	parameter MXADRB	= 6;			// Width of ROM address
	parameter CKADR		= MXADR-1;		// Address to insert checksum

	wire [7:0] rom [MXADR:0];			// Da ROM himself

	wire [17:0] tckcnt_rom	= 2+8;		// Manually entered tck total for all chains
	wire [15:0] wdcnt_rom	= MXADR+1;
	wire [7:0]	checksum_rom;

// Port remap
	wire clk = prom_clk;				// Incrmement PROM address
	wire oe  = prom_oe;					// oe=0  resets address, tri-states data out
	wire nce = prom_nce;				// nce=1 resets address, tri-states data out

// Increment address counter
	reg [MXADRB-1:0] adr=0;
	reg inc_adr_en=0;

	always @(posedge clock) begin
	if (!clk) inc_adr_en <= 1;
	else      inc_adr_en <= clk && !inc_adr_en;
	end

	wire inc_adr_rom = clk && inc_adr_en;

	wire adr_reset = !oe || nce;		// Reset adr if oe=0 or nce=1

	always @(posedge clock or posedge adr_reset) begin
	if		(adr_reset)		adr = 0;
	else if (inc_adr_rom)	adr = adr+1'b1;
	end

// Loop up PROM data at adr
	assign rom[16'h0000]	= 8'hBA;	// Header
	assign rom[16'h0001]	= 8'h81;
	assign rom[16'h0002]	= 8'h82;
	assign rom[16'h0003]	= 8'h83;
	assign rom[16'h0004]	= 8'h84;
	assign rom[16'h0005]	= 8'h85;
	assign rom[16'h0006]	= 8'h86;
	assign rom[16'h0007]	= 8'h87;
	assign rom[16'h0008]	= 8'h88;
	assign rom[16'h0009]	= 8'h89;
	assign rom[16'h000A]	= 8'h8A;
	assign rom[16'h000B]	= 8'h8B;
	assign rom[16'h000C]	= 8'h8C;
	assign rom[16'h000D]	= 8'h8D;
	assign rom[16'h000E]	= 8'h8E;
	assign rom[16'h000F]	= 8'hEA;

	assign rom[16'h0010]	= 8'hDA;	// Chain Block
	assign rom[16'h0011]	= 8'h00;
	assign rom[16'h0012]	= 8'h02;
	assign rom[16'h0013]	= 8'h33;

	assign rom[16'h0014]	= 8'hDB;	// Chain Block
	assign rom[16'h0015]	= 8'h00;
	assign rom[16'h0016]	= 8'h08;
	assign rom[16'h0017]	= 8'hCC;
	assign rom[16'h0018]	= 8'hCC;

	assign rom[16'h0019]	= 8'hFC;
	assign rom[16'h001A]	= tckcnt_rom[17:16];	// Trailer
	assign rom[16'h001B]	= tckcnt_rom[15:8];
	assign rom[16'h001C]	= tckcnt_rom[7:0];
	assign rom[16'h001D]	= wdcnt_rom[15:8];
	assign rom[16'h001E]	= wdcnt_rom[7:0];
	assign rom[16'h001F]	= checksum_rom;
	assign rom[16'h0020]	= 8'hFF;				// Last word marker

// Tri-state rom output
	assign prom_data = (adr_reset) ? 8'hzz : rom[adr];

// Checksum
	wire [7:0] sum [CKADR-1:0];

	assign sum[0]=rom[0];

	genvar i;
	generate
	for (i=1; i<CKADR; i=i+1) begin: ckgen
	assign sum[i]=sum[i-1]+rom[i];
	end
	endgenerate

	assign checksum_rom=sum[CKADR-1];

`endif
//-----------------------------------------------------------------------------------------------------------------
	endmodule
//-----------------------------------------------------------------------------------------------------------------